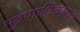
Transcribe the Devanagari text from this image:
मुद्रणाधिकाराचा